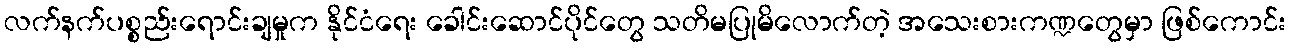
လက်နက်ပစ္စည်းရောင်းချမှုက နိုင်ငံရေး ခေါင်းဆောင်ပိုင်တွေ သတိမပြုမိလောက်တဲ့ အသေးစားကဏ္ဍတွေမှာ ဖြစ်ကောင်း